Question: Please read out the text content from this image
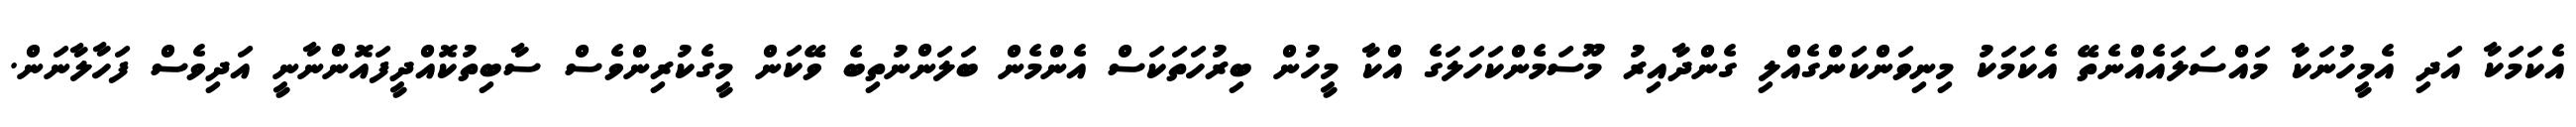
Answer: އެކަމަކާ އަދި އެމީހުނަކާ މައްސަލައެއްނެތޭ އެކަމަކު މިނިވަންކަންގެއްލި ގެންދާއިރު މޫސަމެންކަހަލަގެ އްކާ މީހުން ބިރުހަތަކަސް އެންމެން ބަލަންނުތިބެ ވޭކަން މީގެކުރިންވެސް ސާބިތުކޮއްދީފައޮންނާނީ އަދިވެސް ފަހާލާނަން.